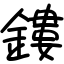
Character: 鏤